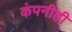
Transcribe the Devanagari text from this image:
कंपनीही